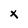
Character: x